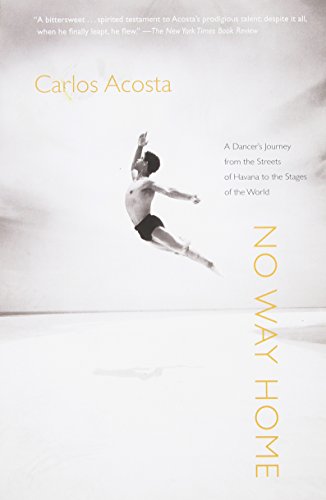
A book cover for No Way Home: A Dancer's Journey from the Streets of Havana to the Stages of the World; Carlos Acosta; Biographies & Memoirs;